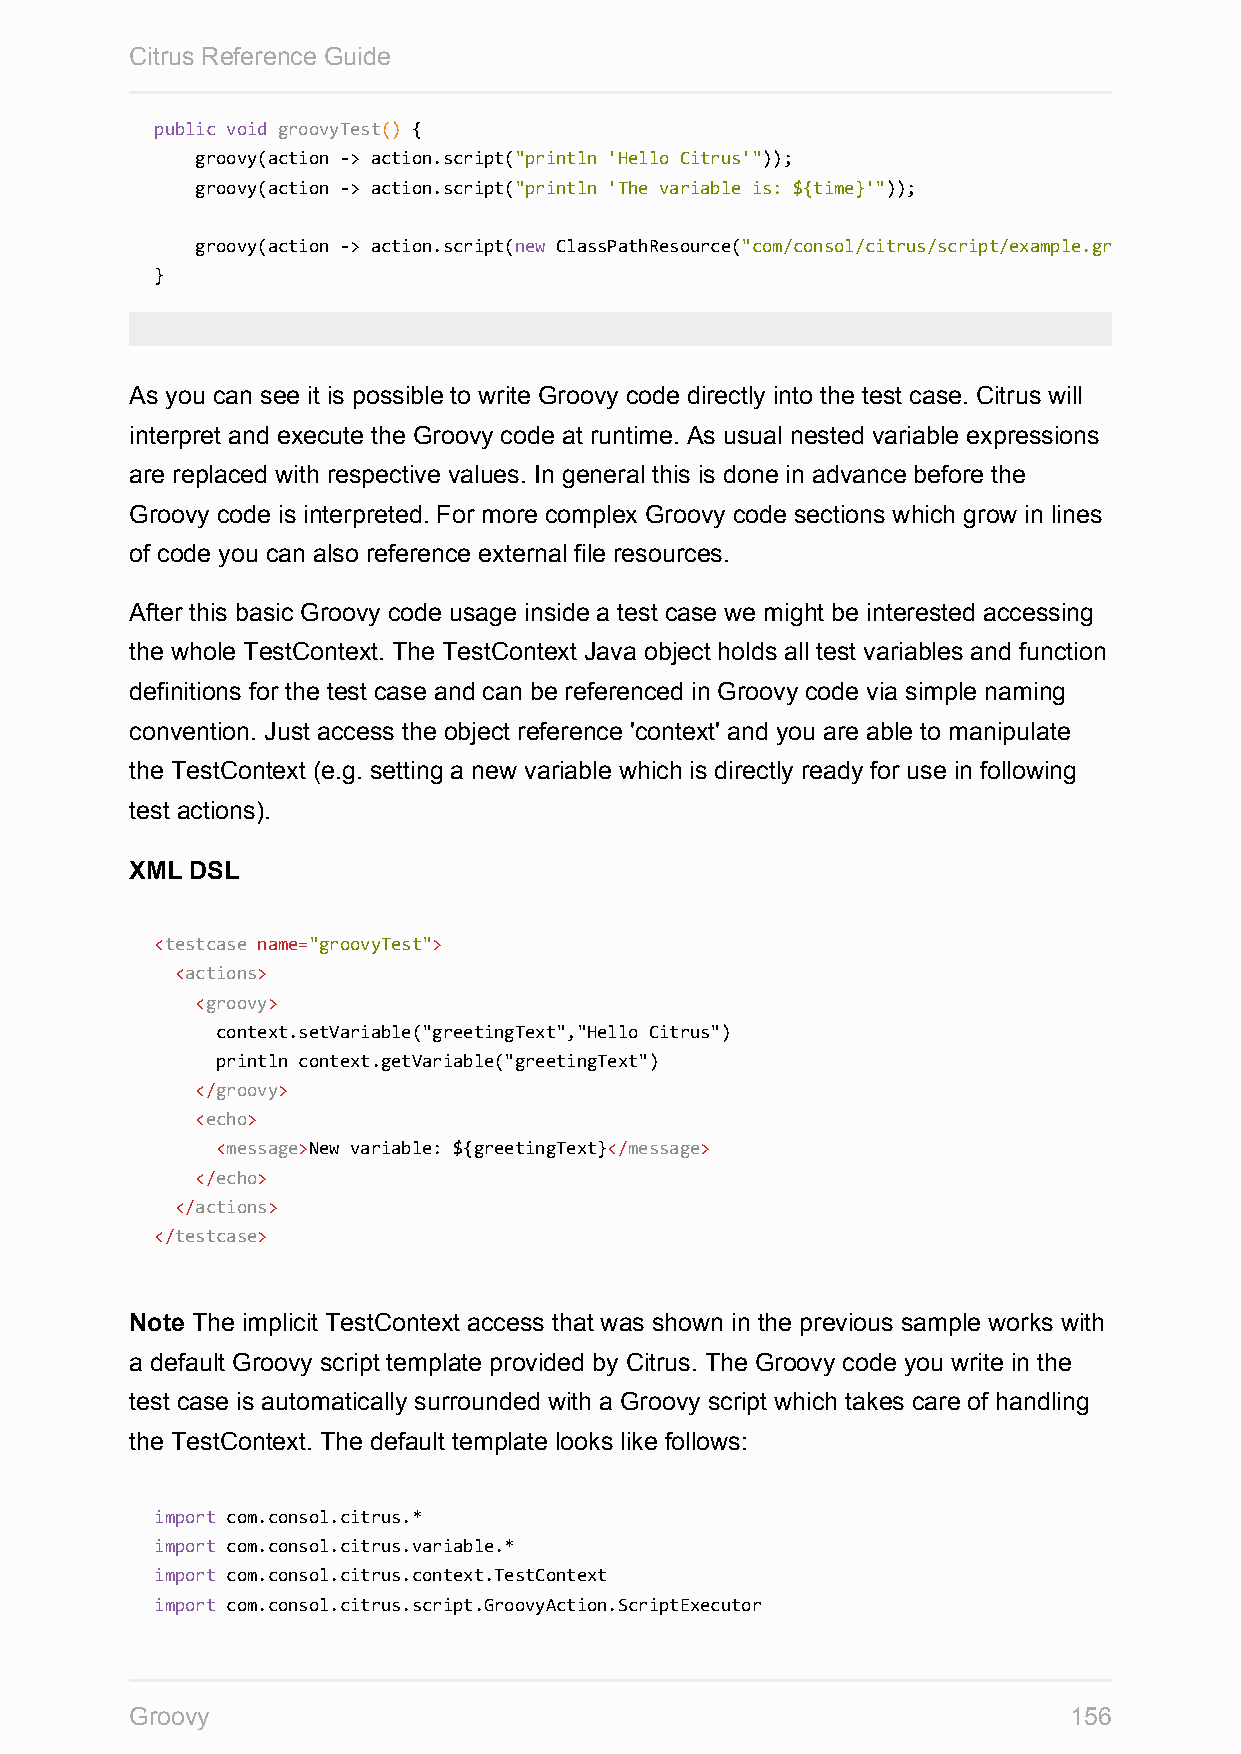
Citrus Reference Guide
 public void groovyTest() {
 groovy(action -> action.script("println 'Hello Citrus'"));
 groovy(action -> action.script("println 'The variable is: ${time}'"));
 groovy(action -> action.script(new ClassPathResource("com/consol/citrus/script/example.groovy"
 }
 As you can see it is possible to write Groovy code directly into the test case. Citrus will
 interpret and execute the Groovy code at runtime. As usual nested variable expressions
 are replaced with respective values. In general this is done in advance before the
 Groovy code is interpreted. For more complex Groovy code sections which grow in lines
 of code you can also reference external file resources.
 After this basic Groovy code usage inside a test case we might be interested accessing
 the whole TestContext. The TestContext Java object holds all test variables and function
 definitions for the test case and can be referenced in Groovy code via simple naming
 convention. Just access the object reference 'context' and you are able to manipulate
 the TestContext (e.g. setting a new variable which is directly ready for use in following
 test actions).
 XML DSL
 <testcase name="groovyTest">
 <actions>
 <groovy>
 context.setVariable("greetingText","Hello Citrus")
 println context.getVariable("greetingText")
 </groovy>
 <echo>
 <message>New variable: ${greetingText}</message>
 </echo>
 </actions>
 </testcase>
 Note The implicit TestContext access that was shown in the previous sample works with
 a default Groovy script template provided by Citrus. The Groovy code you write in the
 test case is automatically surrounded with a Groovy script which takes care of handling
 the TestContext. The default template looks like follows:
 import com.consol.citrus.*
 import com.consol.citrus.variable.*
 import com.consol.citrus.context.TestContext
 import com.consol.citrus.script.GroovyAction.ScriptExecutor
 Groovy                                                        156